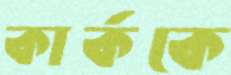
কার্ককে